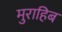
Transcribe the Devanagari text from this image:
मुराहिब